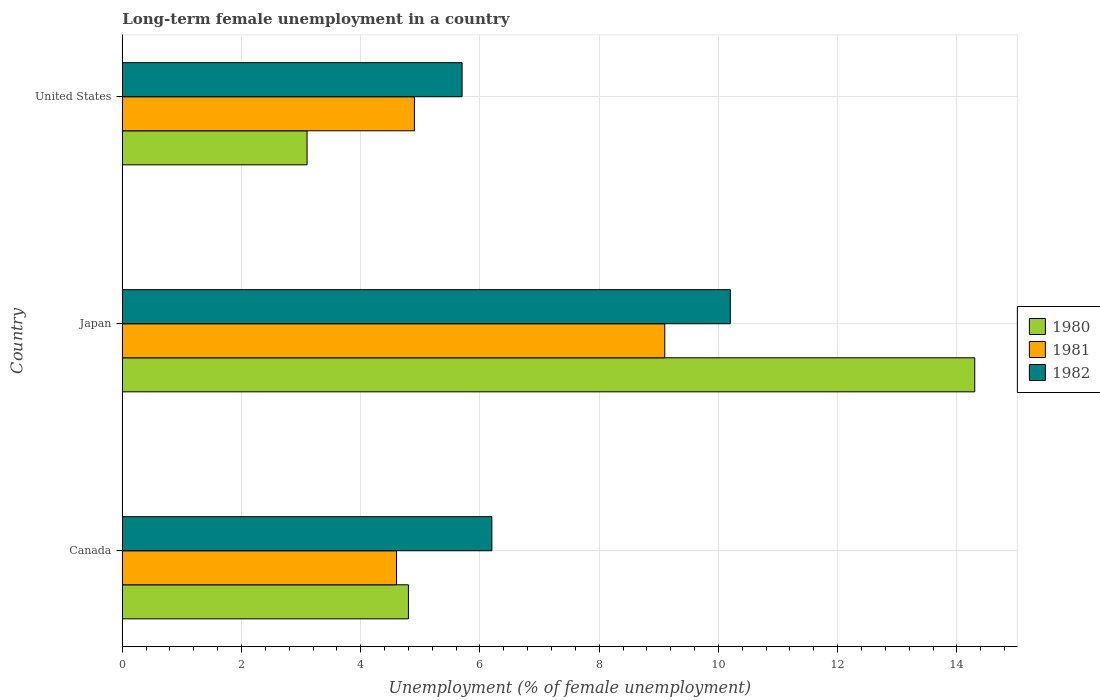
| Country | 1980 | 1981 | 1982 |
 | --- | --- | --- | --- |
 | Canada | 4.8 | 4.6 | 6.2 |
 | Japan | 14.3 | 9.1 | 10.2 |
 | United States | 3.1 | 4.9 | 5.7 |